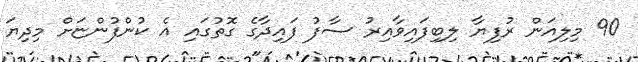
90 މިލިއަން ރުފިޔާ ލިބިފައިވާއިރު ސާފު ފައިދާގެ ގޮތުގައި އެ ކުންފުންޏަށް މިދިޔަ